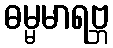
ဓမ္မမာရဗ္ဘ